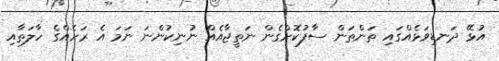
އުޅޭ ދަނޑިވަޅެއްގައި ތަންތަން ސާފުކޮށްގެން ނަތީޖާއެއް ނުނިކުންނަ ނަމަ އެ ރަށެއްގެ ހާލަތާއި